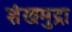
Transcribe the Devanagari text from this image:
शंखमुद्रा